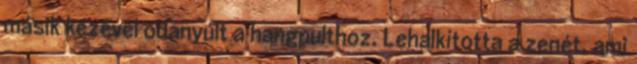
másik kezével odanyúlt a hangpulthoz. Lehalkította a zenét, ami